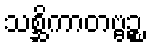
သစ္ဆိကာတဗ္ဗဉ္စ